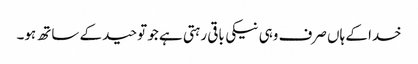
خدا کے ہاں صرف وہی نیکی باقی رہتی ہے جو توحید کے ساتھ ہو۔